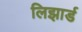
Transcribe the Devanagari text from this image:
लिझार्ड